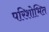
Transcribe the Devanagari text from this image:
परिशोभित